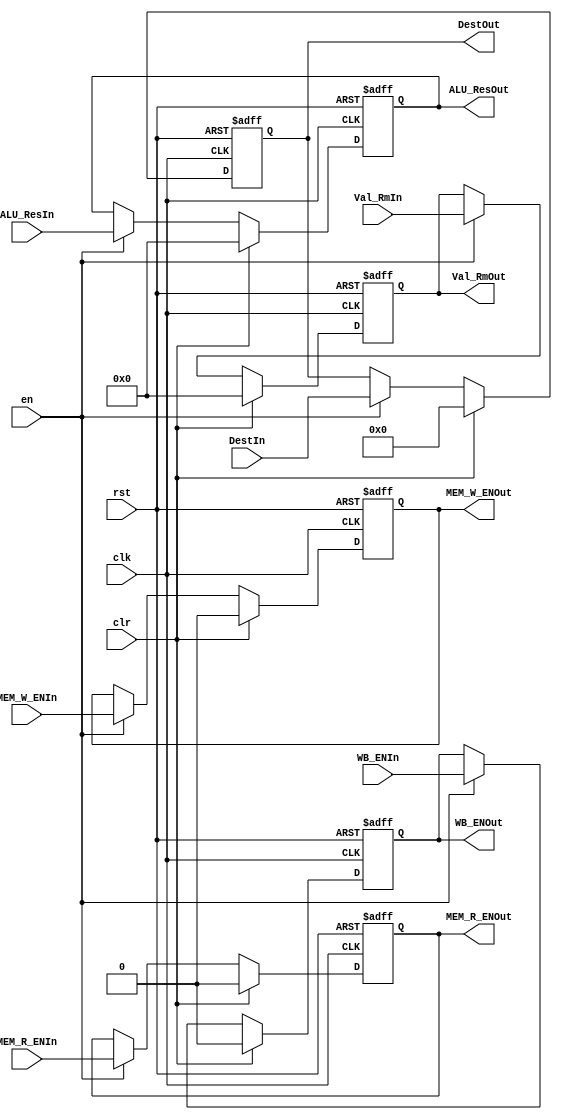
module EXE_Stage_Reg(clk, rst, en, clr, WB_ENIn, WB_ENOut, 
                     MEM_R_ENIn, MEM_R_ENOut, MEM_W_ENIn, MEM_W_ENOut, 
                     ALU_ResIn, ALU_ResOut, Val_RmIn, Val_RmOut, DestIn, DestOut);

    input wire[0:0] clk, rst, en, clr;
    
    input wire[0:0] WB_ENIn, MEM_R_ENIn, MEM_W_ENIn;
    output reg[0:0] WB_ENOut, MEM_R_ENOut, MEM_W_ENOut;
    
    input wire[3:0] DestIn;
    output reg[3:0] DestOut;

    input wire[31:0] ALU_ResIn, Val_RmIn;
    output reg[31:0] ALU_ResOut, Val_RmOut;

    always@(posedge clk or posedge rst) begin

        if (rst) begin
            WB_ENOut        <= 1'b0;
            MEM_R_ENOut     <= 1'b0;
            MEM_W_ENOut     <= 1'b0;
            DestOut         <= 4'b0;
            Val_RmOut       <= 32'b0;
            ALU_ResOut      <= 32'b0;
        end 
        
        else if (clr) begin
            WB_ENOut        <= 1'b0;
            MEM_R_ENOut     <= 1'b0;
            MEM_W_ENOut     <= 1'b0;
            DestOut         <= 4'b0;
            Val_RmOut       <= 32'b0;
            ALU_ResOut      <= 32'b0;
        end

        else if (en) begin
            WB_ENOut        <= WB_ENIn;
            MEM_R_ENOut     <= MEM_R_ENIn;
            MEM_W_ENOut     <= MEM_W_ENIn;
            DestOut         <= DestIn;
            Val_RmOut       <= Val_RmIn;
            ALU_ResOut      <= ALU_ResIn;
        end
    end
endmodule